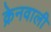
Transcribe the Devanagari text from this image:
क्रेनवाली